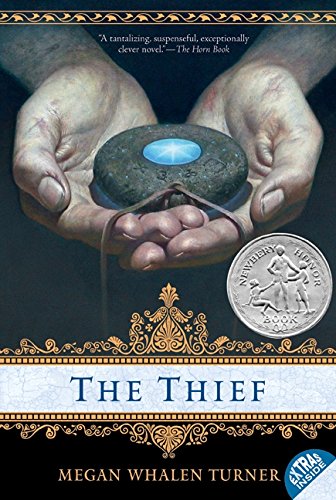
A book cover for The Thief (The Queen's Thief, Book 1); Megan Whalen Turner; Children's Books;